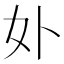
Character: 𭑧